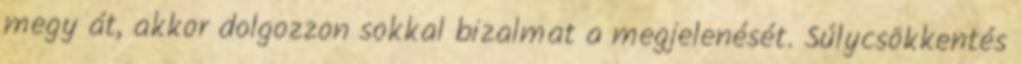
megy át, akkor dolgozzon sokkal bizalmat a megjelenését. Súlycsökkentés